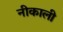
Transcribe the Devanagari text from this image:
नीकाली